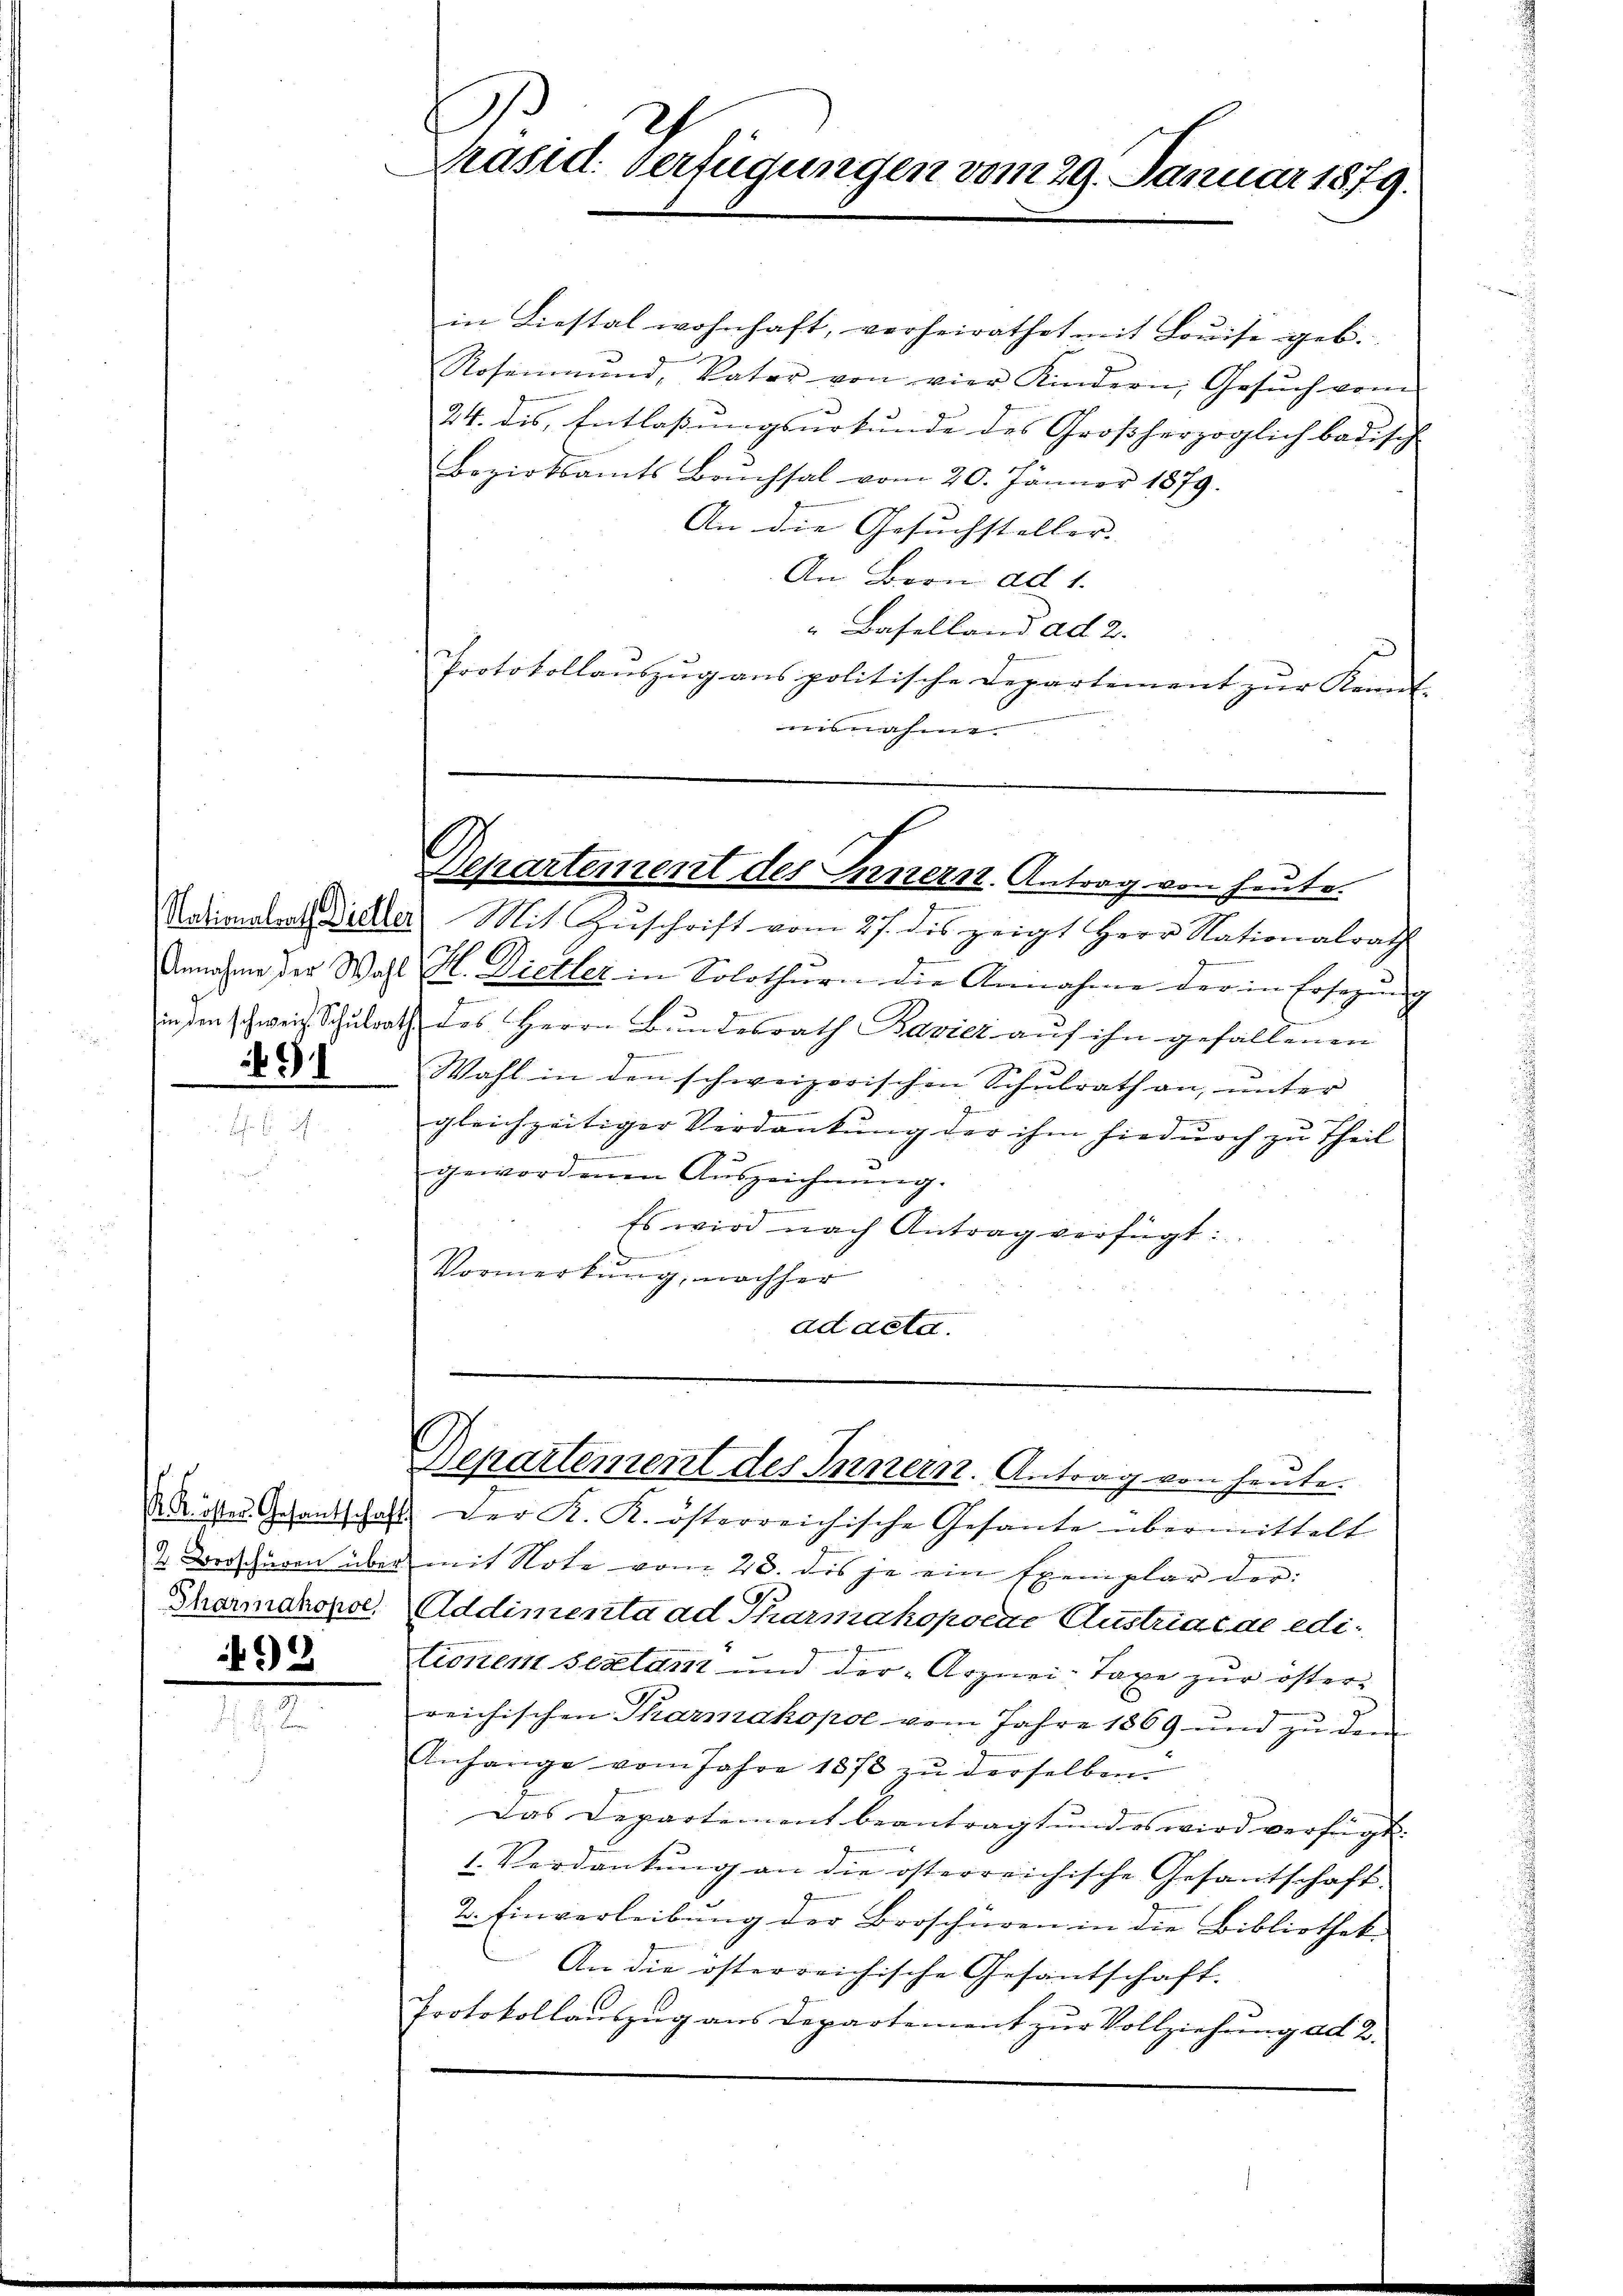
5

Tharmakopol
93

Präsid. Verfügungen vom 29. Januar 1879.

in Liestal wohnhaft, verheirathet mit Louise geb.
Rosenmund, Vater von vier Kindern, Gesŭch vom
24. dis, Entlassungsurkunde des Großherzoglich badisch
Bezirksamts Brŭchsal vom 20. Jänner 1879.
An die Gesuchsteller- |
An Bern ad 1.
“ Baselland ad 2.
Protokollaŭszŭg ans politische Departement zŭr Kennt-
nisnahme

Departement des Innern, Antrag von heute.

Nationalrat Dieler. Mit Zŭschrift vom 27. des zeigt Herr Nationalrath
Annahme der Wahl M. Dietler in Solothurn die Annahme der in Ersezung
4
in den schweiz. Schulrath des Herrn Bundesrath Bavier aŭf ihn gefallenen
Wahl in den schweizerischen Schulrath an, unter
gleichzeitiger Verdankung der ihm hiedurch zu Theil
gewordenen Auszeichnŭng.
Es wird nach Antrag verfügt:
Vormerkung, nachher
ad acta.

Rötter Gesandschaft der K. K. österreichische Gesante übermittelt
2. Vorschüren über mit Note vom 28. des je ein Exemplar der:
Addimenta ad Pharmakopocae Austriae de editionen Seelamt und der Arznei-Taxe zur öster
reichischen Tharmakopol vom Jahre 1869 und zu dem
Anhange vom Jahre 1878 zŭ derselben.
Das Departement beantragt und es wird verfügt:
1. Verdankung an die österreichische Gesantschaft.
2. Einverleibŭng der Broschüren in die Bibliotheke
An die österreichische Gesantschaft.
Protokollauszug aus Departement zur Vollziehung ad 2.

Departement des Innern. Antrag von heute.